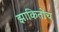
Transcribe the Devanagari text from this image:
झाकितोंच